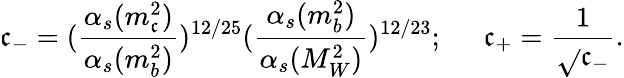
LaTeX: \mathfrak{c}_{-}=({\frac{{\alpha_{s}(m_{\mathfrak{c}}^{2})}}{{\alpha_{s}(m_{b}^{2})}}})^{12/25}({\frac{{\alpha_{s}(m_{b}^{2})}}{{\alpha_{s}(M_{W}^{2})}}})^{12/23};\; \; \; \; \; \mathfrak{c}_{+}={\frac{{1}}{{\sqrt{}{{\mathfrak{c}_{-}}}}}}.